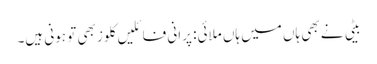
بیٹی نے بھی ہاں میں ہاں ملائی: پرانی فائلیں کلوز بھی تو ہونی ہیں۔